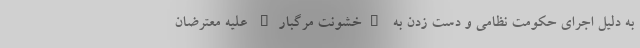
به دلیل اجرای حکومت نظامی و دست زدن به "خشونت مرگبار" علیه معترضان